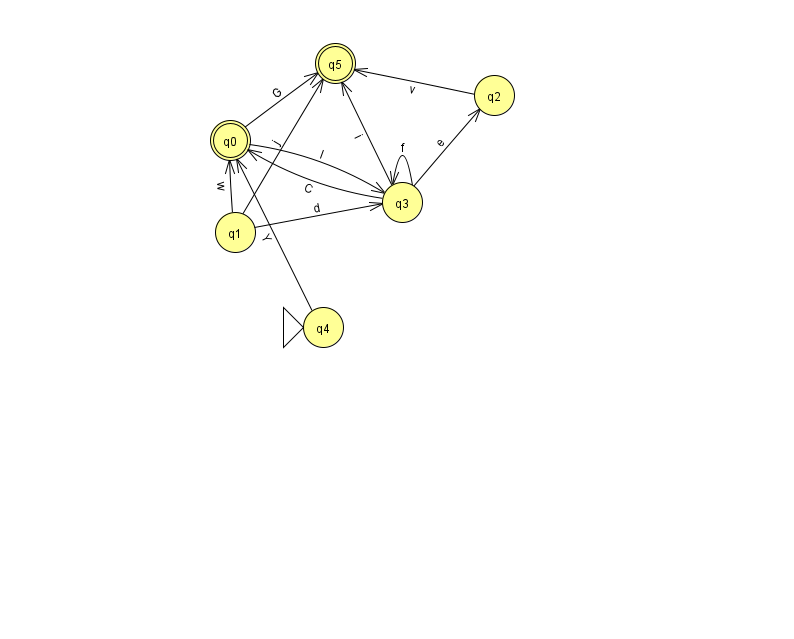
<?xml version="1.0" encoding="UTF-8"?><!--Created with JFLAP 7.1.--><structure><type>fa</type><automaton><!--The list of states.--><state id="0" name="q0"><x>230.0</x><y>127.0</y><final/></state><state id="1" name="q1"><x>235.0</x><y>219.0</y></state><state id="2" name="q2"><x>494.0</x><y>82.0</y></state><state id="3" name="q3"><x>402.0</x><y>189.0</y></state><state id="4" name="q4"><x>323.0</x><y>314.0</y><initial/></state><state id="5" name="q5"><x>335.0</x><y>50.0</y><final/></state><!--The list of transitions.--><transition><from>1</from><to>3</to><read>d</read></transition><transition><from>1</from><to>0</to><read>w</read></transition><transition><from>3</from><to>0</to><read>C</read></transition><transition><from>4</from><to>0</to><read>Y</read></transition><transition><from>3</from><to>5</to><read>i</read></transition><transition><from>1</from><to>5</to><read>j</read></transition><transition><from>2</from><to>5</to><read>v</read></transition><transition><from>3</from><to>3</to><read>f</read></transition><transition><from>0</from><to>3</to><read>I</read></transition><transition><from>3</from><to>2</to><read>e</read></transition><transition><from>0</from><to>5</to><read>G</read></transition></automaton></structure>